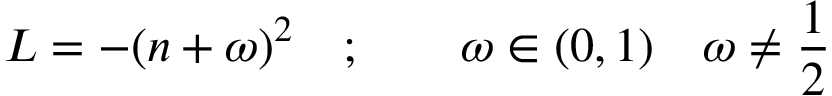
L = - ( n + \omega ) ^ { 2 } \quad ; \qquad \omega \in ( 0 , 1 ) \quad \omega \neq \frac { 1 } { 2 }